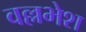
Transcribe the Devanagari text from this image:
वल्लभेश